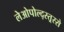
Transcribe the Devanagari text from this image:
लेओपोल्द्स्त्र्स्से